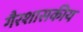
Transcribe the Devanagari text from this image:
गैरशासकीय